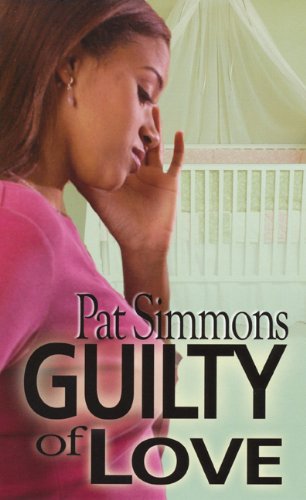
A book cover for Guilty Of Love (Urban Christian); Pat Simmons; Christian Books & Bibles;